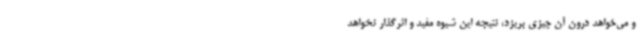
و می‌خواهد درون آن چیزی بریزد، نتیجه این شیوه مفید و اثرگذار نخواهد